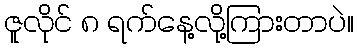
ဇူလိုင် ၈ ရက်နေ့လို့ကြားတာပဲ။